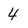
Character: 4